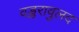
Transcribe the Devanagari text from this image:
वड्डरावुलद